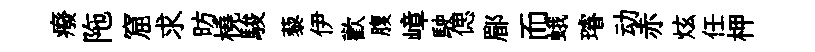
癈陁窟求昉橈駿藜伊歡腹嶂駛偲郿而蛾璿动赤炫任柙